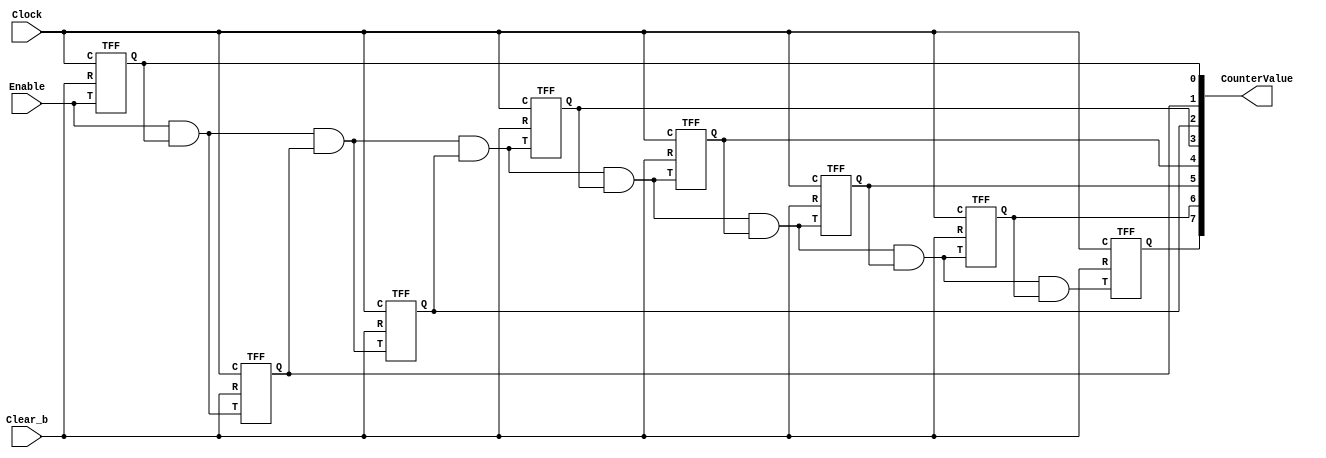
`timescale 1ns / 1ns // `timescale time_unit/time_precision


module part1 (Clock, Enable, Clear_b, CounterValue);
	input Clock, Enable, Clear_b;
	output wire [7:0] CounterValue;
	wire [7:1] T;
	
	TFF u0 (Enable, CounterValue[0], Clock, Clear_b);
	assign T[1] = Enable & CounterValue[0];
	TFF u1 (T[1], CounterValue[1], Clock, Clear_b);
	assign T[2] = T[1] & CounterValue[1];
	TFF u2 (T[2], CounterValue[2], Clock, Clear_b);
	assign T[3] = T[2] & CounterValue[2];
	TFF u3 (T[3], CounterValue[3], Clock, Clear_b);
	assign T[4] = T[3] & CounterValue[3];
	TFF u4 (T[4], CounterValue[4], Clock, Clear_b);
	assign T[5] = T[4] & CounterValue[4];
	TFF u5 (T[5], CounterValue[5], Clock, Clear_b);
	assign T[6] = T[5] & CounterValue[5];
	TFF u6 (T[6], CounterValue[6], Clock, Clear_b);
	assign T[7] = T[6] & CounterValue[6];
	TFF u7 (T[7], CounterValue[7], Clock, Clear_b);
	
endmodule


module TFF (T, Q, C, R);

	input T, C, R;
	output reg Q;
	
	always @ (posedge C)
	begin
		if(!R)
			Q <= 1'b0;
		else
			if (T)
				Q <= ~Q;
			else	Q <= Q;
	end
endmodule